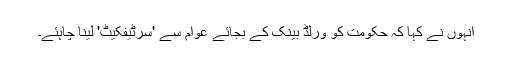
انہوں نے کہا کہ حکومت کو ورلڈ بینک کے بجائے عوام سے 'سرٹیفکیٹ' لینا چاہئے۔